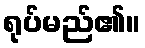
ရုပ်မည်၏။